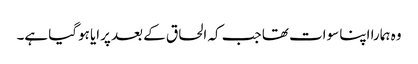
وہ ہمارا اپنا سوات تھا جب کہ الحاق کے بعد پرایا ہوگیا ہے۔